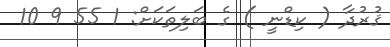
ޤުރުދާ ( ކިޑްނީ ) ގެ ބަލިތަކަށް: 1 55 9 10